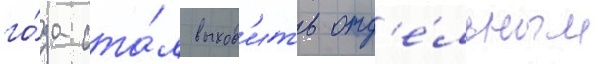
го́да ста́л выход'ить отд'е́льным